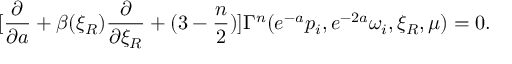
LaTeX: [ { \frac { \partial } { \partial a } } + \beta ( \xi _ { R } ) { \frac { \partial } { \partial \xi _ { R } } } + ( 3 - { \frac { n } { 2 } } ) ] \Gamma ^ { n } ( e ^ { - a } p _ { i } , e ^ { - 2 a } \omega _ { i } , \xi _ { R } , \mu ) = 0 .